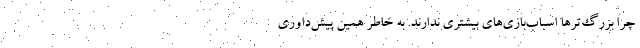
چرا بزرگ‌ترها اسباب‌بازی‌های بیشتری ندارند. به خاطر همین پیش‌داوریِ